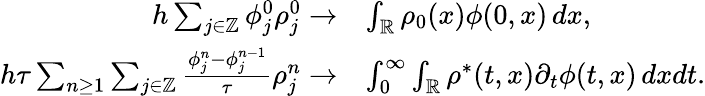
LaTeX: \begin{array}{rl}{h\sum_{j\in\mathbb{Z}}\phi_{j}^{0}\rho_{j}^{0}\to}&{\int_{\mathbb{R}}\rho_{0}(x)\phi(0,x)\, dx,}\\ {h\tau\sum_{n\geq 1}\sum_{j\in\mathbb{Z}}\frac{\phi_{j}^{n}-\phi_{j}^{n-1}}{\tau}\rho_{j}^{n}\to}&{\int_{0}^{\infty}\int_{\mathbb{R}}\rho^{*}(t,x)\partial_{t}\phi(t,x)\, dxdt.}\end{array}